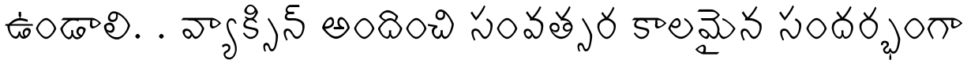
ఉండాలి. . వ్యాక్సిన్ అందించి సంవత్సర కాలమైన సందర్భంగా